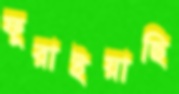
ফুরাইয়াছি